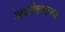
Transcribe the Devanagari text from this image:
अशोकस्तम्भ